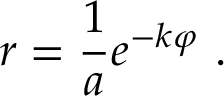
\; r = { \frac { 1 } { a } } e ^ { - k \varphi } \ .